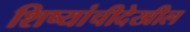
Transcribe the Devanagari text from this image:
शिष्यांचीदेखील